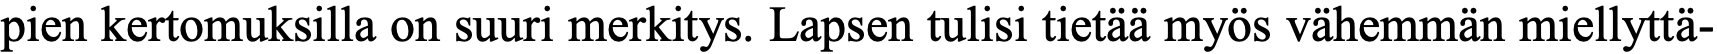
pien kertomuksilla on suuri merkitys. Lapsen tulisi tietää myös vähemmän miellyttä-